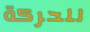
للحركة